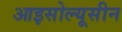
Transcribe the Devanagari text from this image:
आइसोल्यूसीन